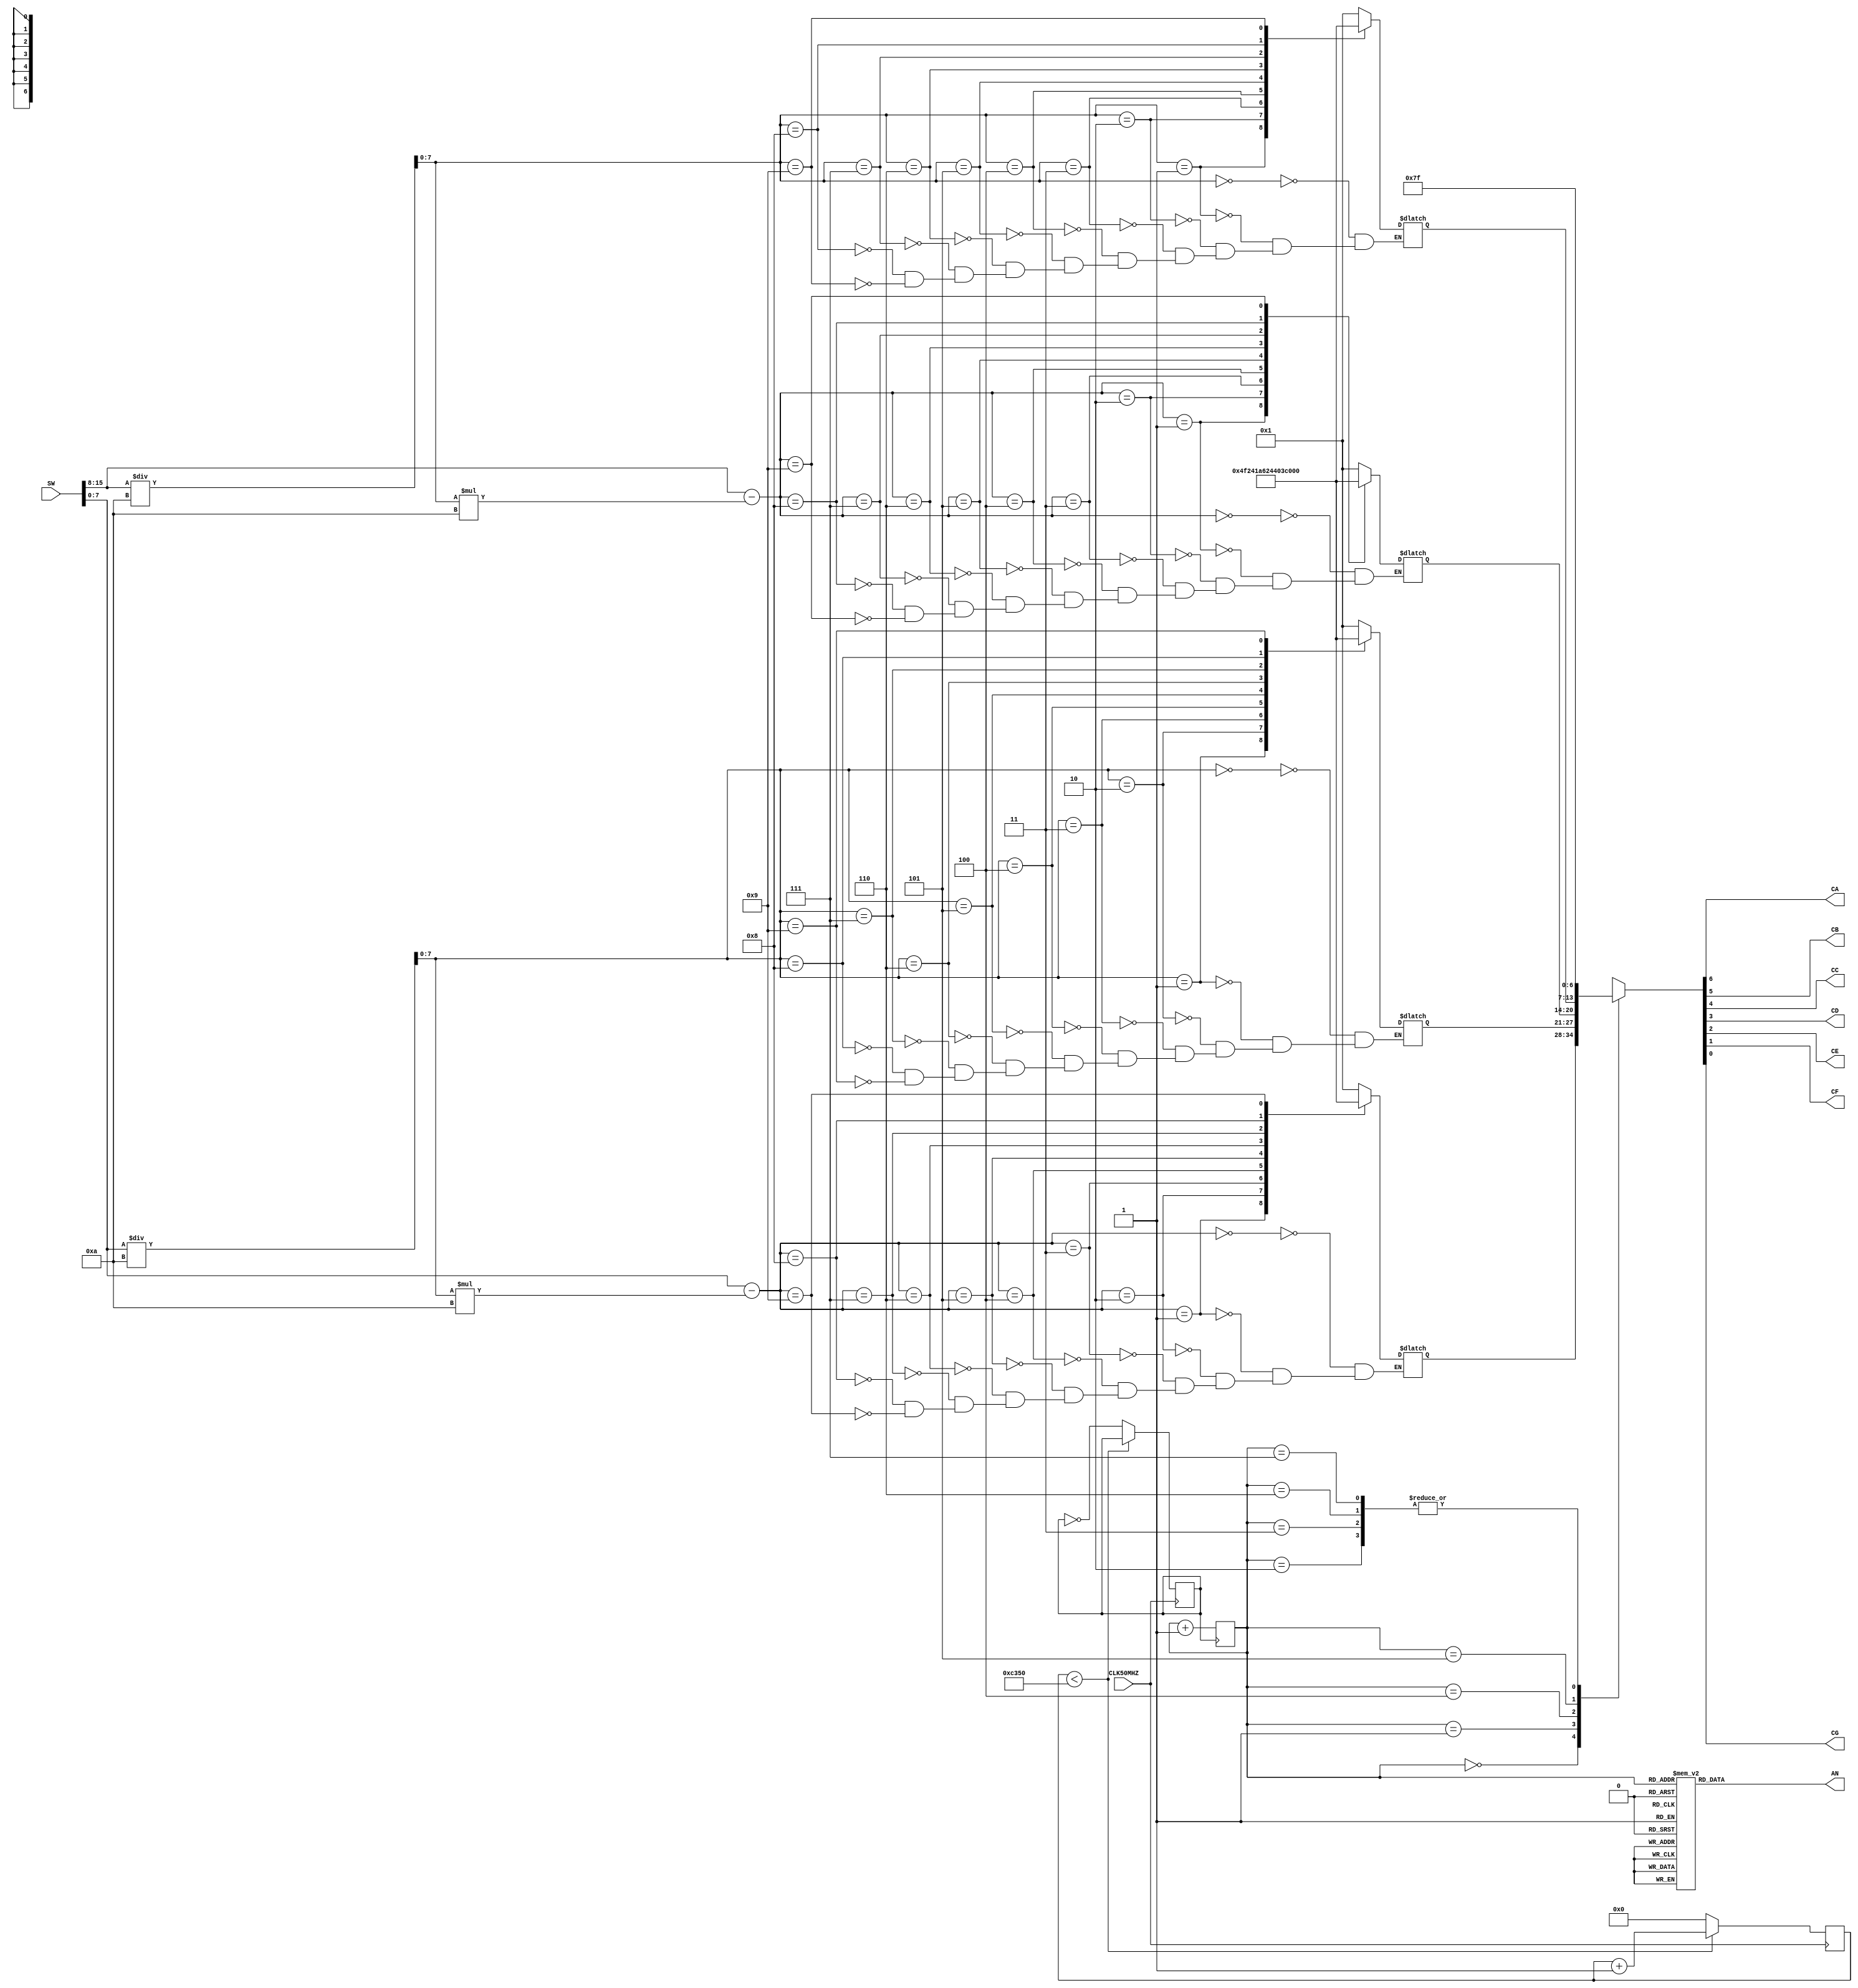
module FPGA7seg(CA, CB, CC, CD, CE, CF, CG, AN, SW, CLK50MHZ);
    output CA, CB, CC, CD, CE, CF, CG;
    output [7:0] AN;
    input [15:0] SW;
    input CLK50MHZ;

    reg CLK1khz = 0;
    reg [31:0] khz1counter = 0;
    reg [2:0] digitCounter = 0;
    reg [7:0] oneColdAnode = 0;
    reg [6:0] ctrl = 0;

    reg [7:0] fmsd, flsd, smsd, slsd = 0;
    reg [6:0] ctrl_fmsd, ctrl_flsd, ctrl_smsd, ctrl_slsd = 0;

    assign AN = oneColdAnode;
    assign {CA, CB, CC, CD, CE, CF, CG} = ctrl;

    always @(posedge CLK50MHZ) begin
        if (khz1counter < 50000) begin 
            khz1counter <= khz1counter + 1;
        end else begin
            khz1counter <= 0;
            CLK1khz <= ~CLK1khz;
        end
    end

    always @(posedge CLK1khz) begin
        digitCounter = digitCounter + 1;
    end

    always begin
        case (digitCounter)
            0 : oneColdAnode = 8'b1111_1110;
            1 : oneColdAnode = 8'b1111_1101;
            2 : oneColdAnode = 8'b1111_1011;
            3 : oneColdAnode = 8'b1111_0111;
            4 : oneColdAnode = 8'b1110_1111;
            5 : oneColdAnode = 8'b1101_1111;
            6 : oneColdAnode = 8'b1011_1111;
            7 : oneColdAnode = 8'b0111_1111;
        endcase

        case (digitCounter)
            0 : ctrl = ctrl_slsd;
            1 : ctrl = ctrl_smsd;
            2 : ctrl = 7'b111_1111;
            3 : ctrl = 7'b111_1111;
            4 : ctrl = ctrl_flsd;
            5 : ctrl = ctrl_fmsd;
            6 : ctrl = 7'b111_1111;
            7 : ctrl = 7'b111_1111;
        endcase


        fmsd = SW[15:8]/10;
        flsd = SW[15:8] - fmsd*10;
        case (fmsd)
            0 : ctrl_fmsd = 7'b0000001;
            1 : ctrl_fmsd = 7'b1001111;
            2 : ctrl_fmsd = 7'b0010010;
            3 : ctrl_fmsd = 7'b0000110;
            4 : ctrl_fmsd = 7'b1001100;
            5 : ctrl_fmsd = 7'b0100100;
            6 : ctrl_fmsd = 7'b0100000;
            7 : ctrl_fmsd = 7'b0001111;
            8 : ctrl_fmsd = 7'b0000000;
            9 : ctrl_fmsd = 7'b0001100;
        endcase
        case (flsd)
            0 : ctrl_flsd = 7'b0000001;
            1 : ctrl_flsd = 7'b1001111;
            2 : ctrl_flsd = 7'b0010010;
            3 : ctrl_flsd = 7'b0000110;
            4 : ctrl_flsd = 7'b1001100;
            5 : ctrl_flsd = 7'b0100100;
            6 : ctrl_flsd = 7'b0100000;
            7 : ctrl_flsd = 7'b0001111;
            8 : ctrl_flsd = 7'b0000000;
            9 : ctrl_flsd = 7'b0001100;
        endcase

        smsd = SW[7:0]/10;
        slsd = SW[7:0] - smsd*10;
        case (smsd)
            0 : ctrl_smsd = 7'b0000001;
            1 : ctrl_smsd = 7'b1001111;
            2 : ctrl_smsd = 7'b0010010;
            3 : ctrl_smsd = 7'b0000110;
            4 : ctrl_smsd = 7'b1001100;
            5 : ctrl_smsd = 7'b0100100;
            6 : ctrl_smsd = 7'b0100000;
            7 : ctrl_smsd = 7'b0001111;
            8 : ctrl_smsd = 7'b0000000;
            9 : ctrl_smsd = 7'b0001100;
        endcase
        case (slsd)
            0 : ctrl_slsd = 7'b0000001;
            1 : ctrl_slsd = 7'b1001111;
            2 : ctrl_slsd = 7'b0010010;
            3 : ctrl_slsd = 7'b0000110;
            4 : ctrl_slsd = 7'b1001100;
            5 : ctrl_slsd = 7'b0100100;
            6 : ctrl_slsd = 7'b0100000;
            7 : ctrl_slsd = 7'b0001111;
            8 : ctrl_slsd = 7'b0000000;
            9 : ctrl_slsd = 7'b0001100;
        endcase
    end
endmodule